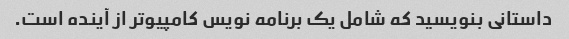
داستانی بنویسید که شامل یک برنامه نویس کامپیوتر از آینده است.